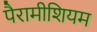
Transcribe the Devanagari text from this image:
पैरामीशियम